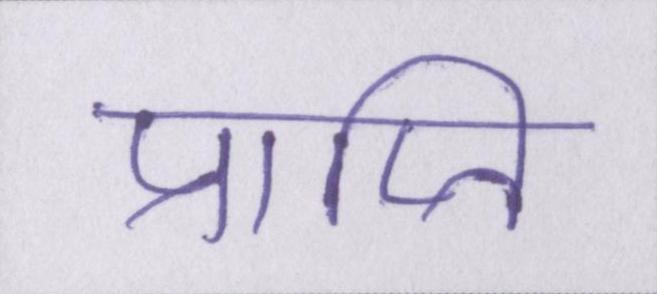
प्राप्ति